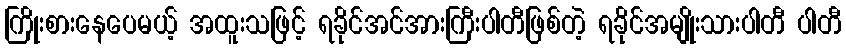
ကြိုးစားနေပေမယ့် အထူးသဖြင့် ရခိုင်အင်အားကြီးပါတီဖြစ်တဲ့ ရခိုင်အမျိုးသားပါတီ ပါတီ